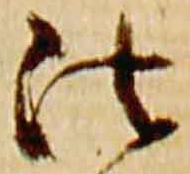
法